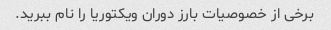
برخی از خصوصیات بارز دوران ویکتوریا را نام ببرید.